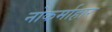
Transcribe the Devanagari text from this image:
नोकर्माहार